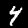
Label: 4